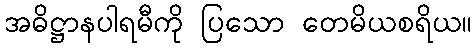
အဓိဋ္ဌာနပါရမီကို ပြသော တေမိယစရိယ။